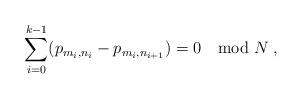
LaTeX: \begin{align*}\displaystyle\sum_{i=0}^{k-1} (p_{m_i,n_i}-p_{m_i,n_{i+1}})=0 \mod N\:,\end{align*}